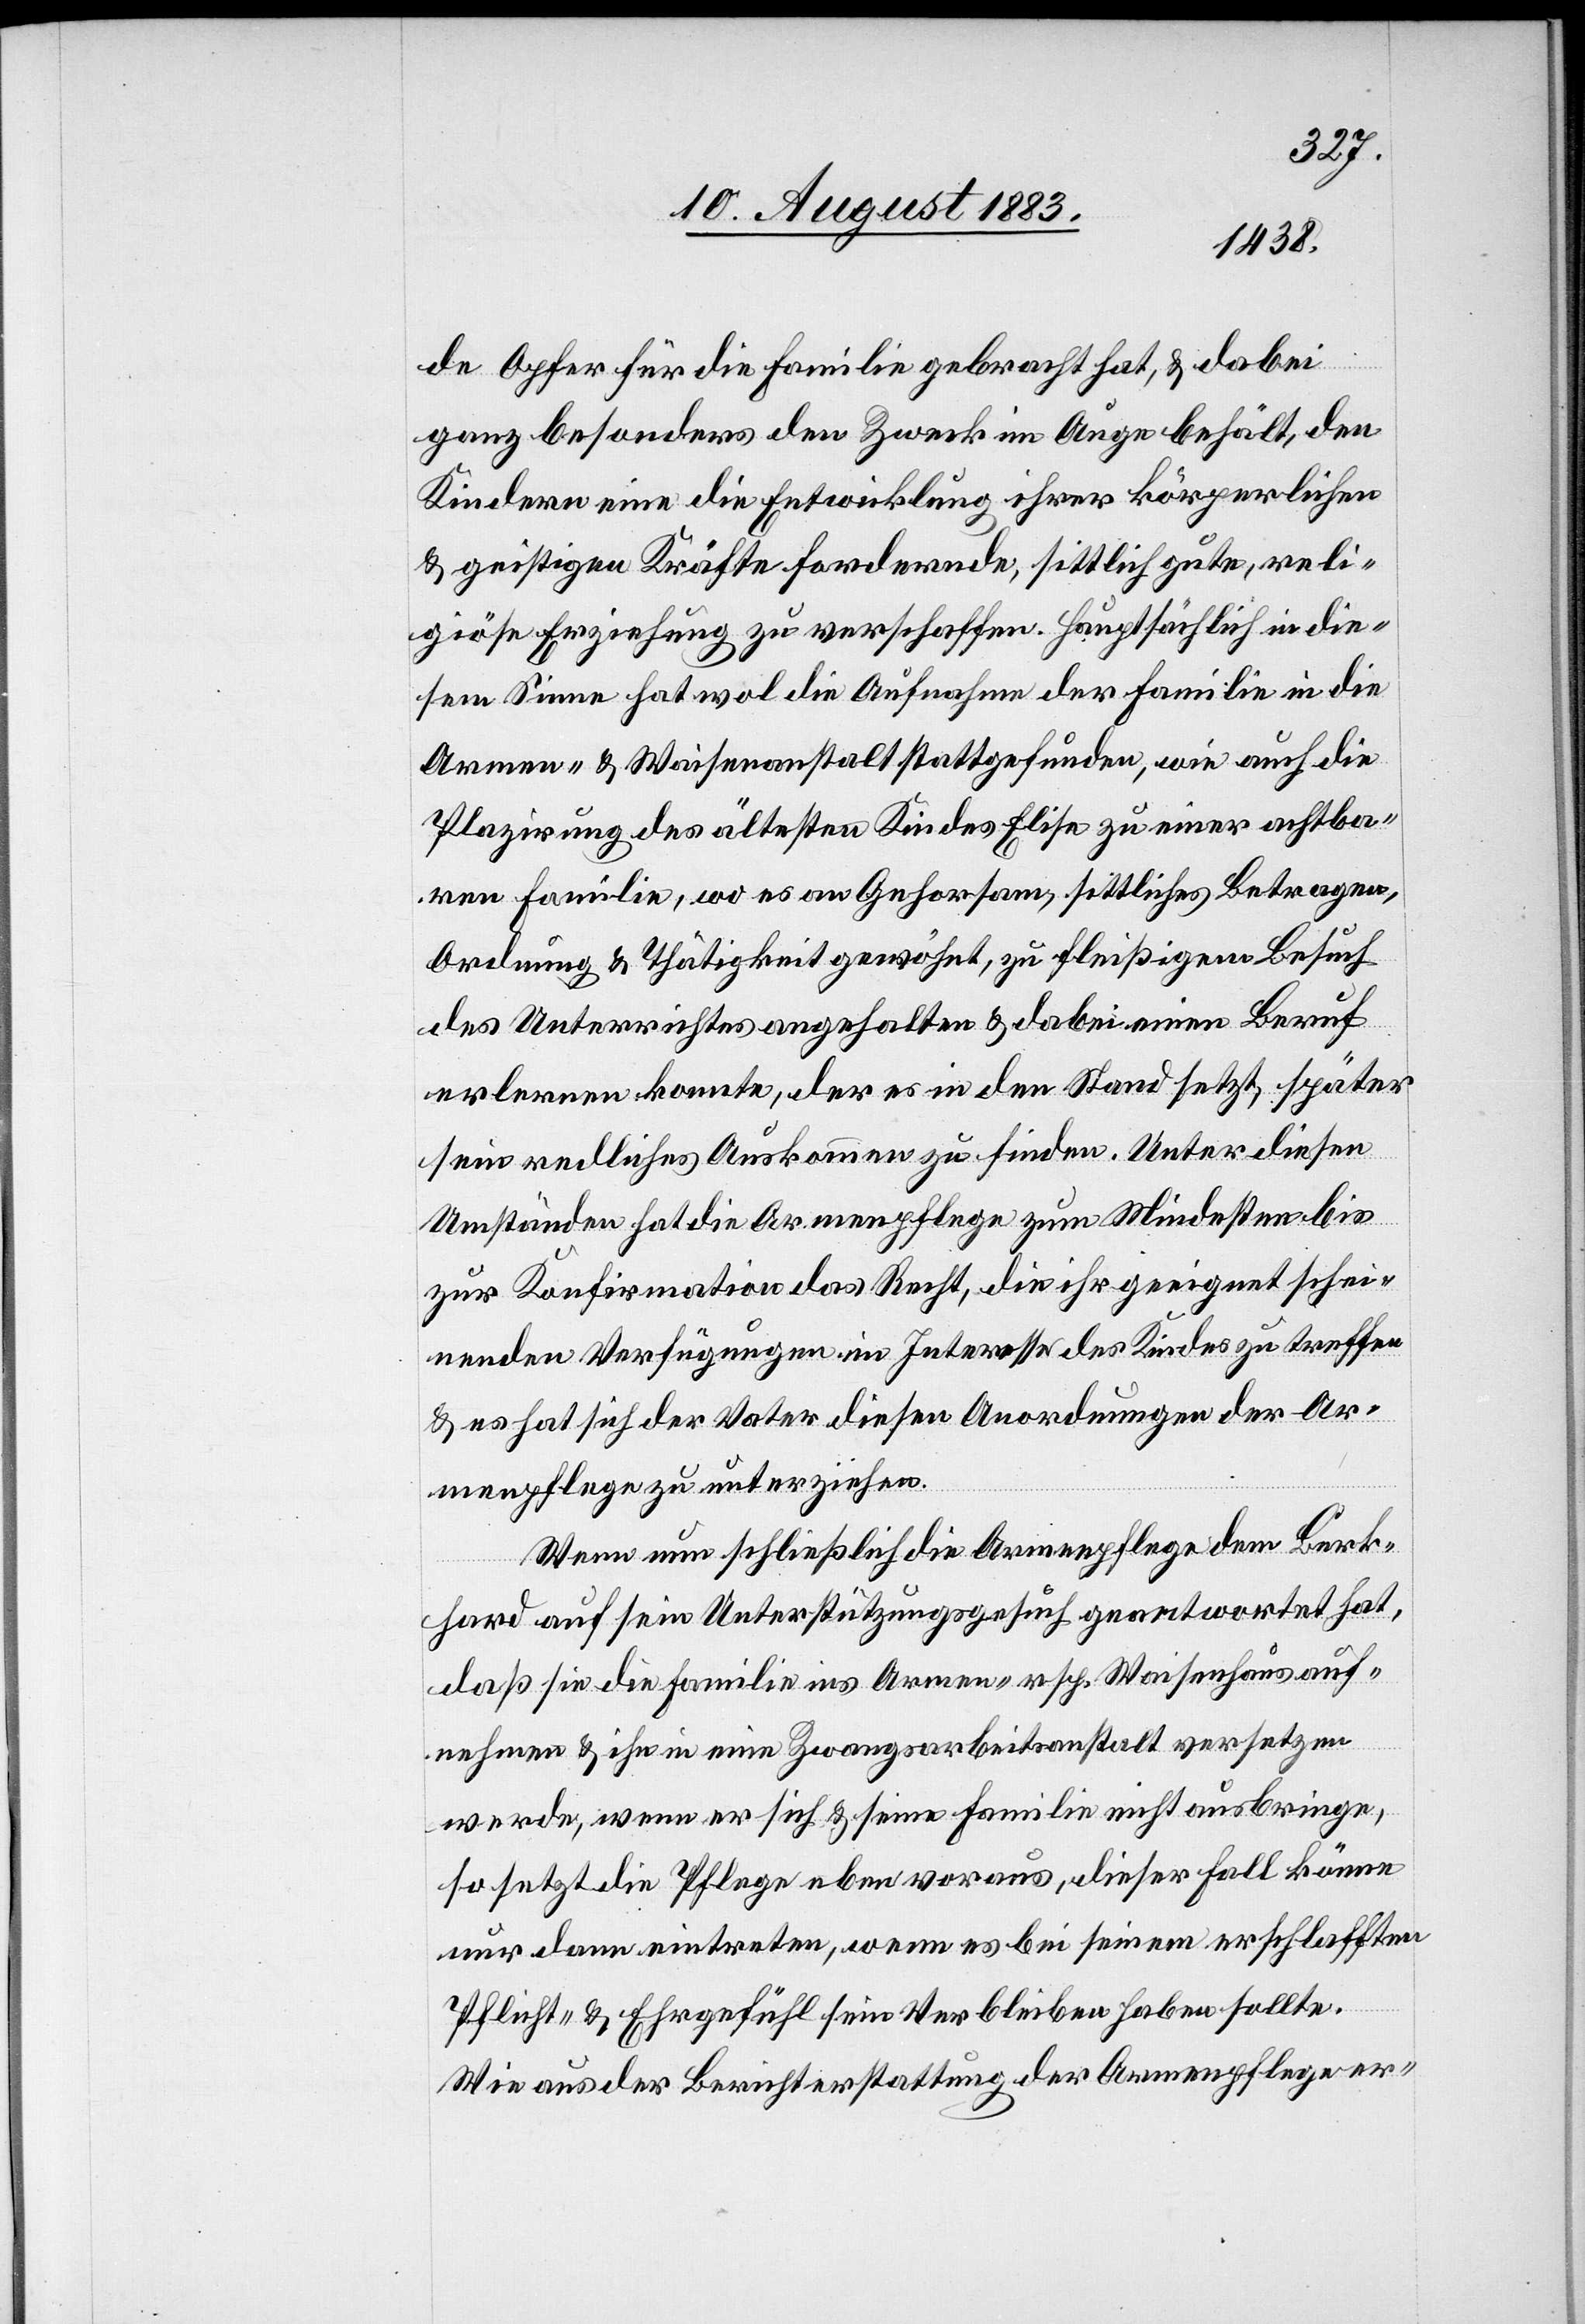
de Opfer für die Familie gebracht hat, & dabei
ganz besonders den Zweck im Auge behält, den
Kindern eine die Entwicklung ihrer körperlichen
& geistigen Kräfte fordernde, sittlich gute, reli¬
giöse Erziehung zu verschaffen. Hauptsächlich in die¬
sem Sinne hat wol die Aufnahme der Familie in die
Armen- & Waisenanstalt stattgefunden, wie auch die
Plazirung des ältesten Kindes Elise zu einer achtba¬
ren Familie, wo es an Gehorsam, sittliches Betragen,
Ordnung & Thätigkeit gewöhnt, zu fleißigem Besuch
des Unterrichtes angehalten & dabei einen Beruf
erlernen konnte, der es in den Stand setzt, später
sein redliches Auskommen zu finden. Unter diesen
Umständen hat die Armenpflege zum Mindesten bis
zur Konfirmation das Recht, die ihr geeignet schei¬
nenden Verfügungen im Interesse des Kindes zu treffen
& es hat sich der Vater diesen Anordnungen der Ar¬
menpflege zu unterziehen.
Wen nun schließlich die Armenpflege dem Burk¬
hard auf sein Unterstützungsgesuch geantwortet hat,
daß sie die Familie ins Armen- resp. Waisenhaus auf¬
nehmen & ihn in eine Zwangsarbeitsanstalt versetzen
werde, wenn er sich & seine Familie nicht ausbringe,
so setzt die Pflege eben voraus, dieser Fall könne
nur dann eintreten, wenn es bei seinem erschlafften
Pflicht- & Ehrgefühl sein Verbleiben haben sollte.
Wie aus der Berichterstattung der Armenpflege er-